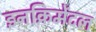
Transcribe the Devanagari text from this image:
इनक्रिमेंटल